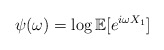
\begin{align*}\psi (\omega)=\log \mathbb{E}[e^{i\omega X_1}]\end{align*}